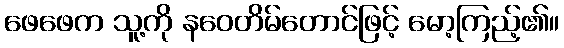
ဖေဖေက သူ့ကို နဝေတိမ်တောင်ဖြင့် မော့ကြည့်၏။